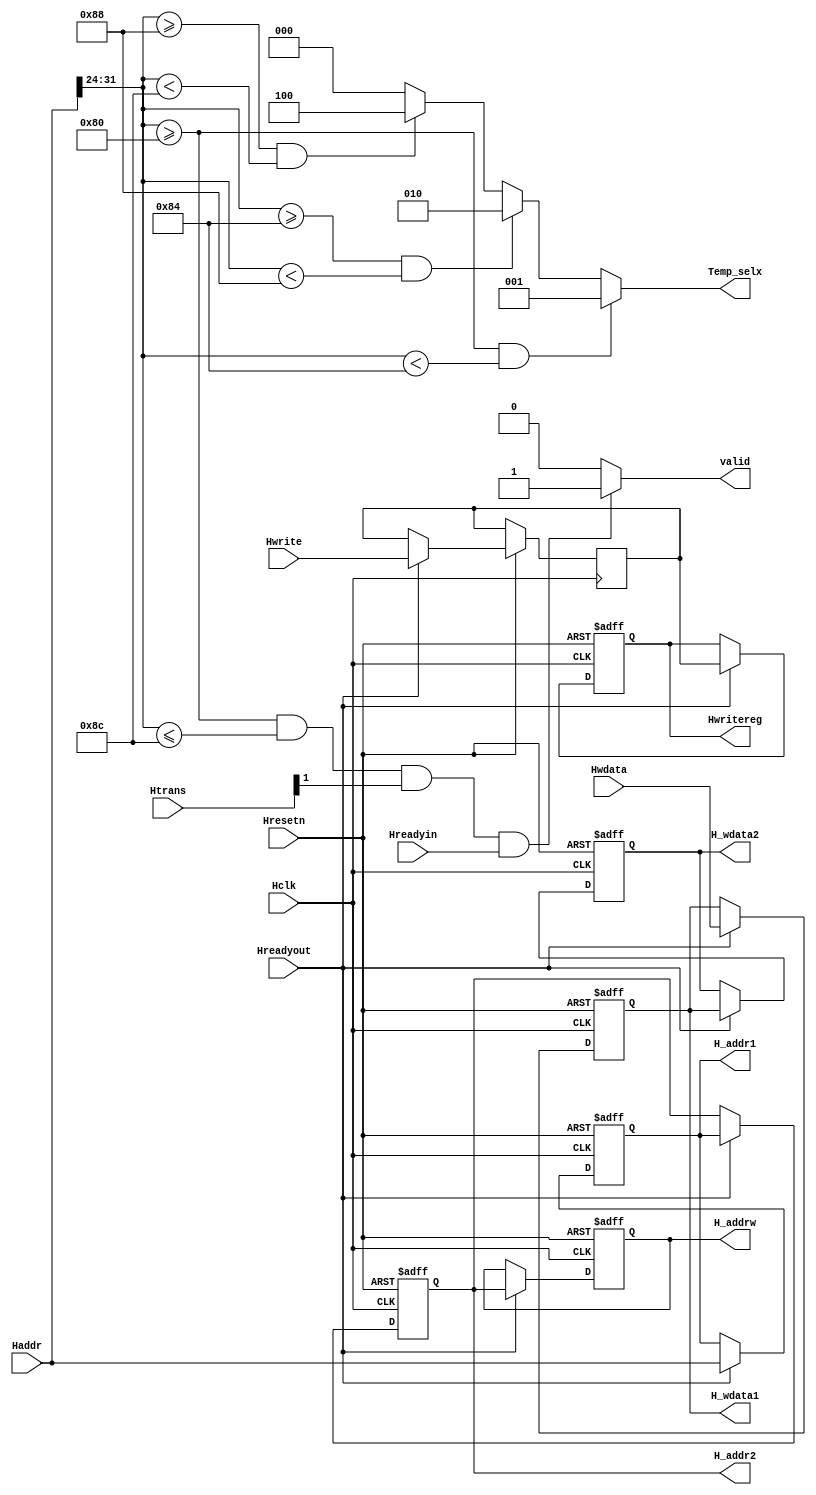
`timescale 1ns / 1ps

module ahb_slave(
        input Hclk,
        input Hresetn,
        input Hwrite,
        input Hreadyin,
        input [1:0] Htrans,
        input [31:0] Haddr,
        input [31:0] Hwdata,
        input Hreadyout,
        output valid,
        output reg [31:0] H_addr1,
        output reg [31:0] H_wdata1,
        output reg [31:0] H_addr2,
        output reg [31:0] H_wdata2,
        output reg [31:0] H_addrw,
        output reg Hwritereg,
        output reg [2:0] Temp_selx
        );
        reg Hwrite1;
        // SEQ BLOCK: This block implements the pipelinning stage of address and data phases.
        always@(posedge Hclk,negedge Hresetn)
            if(!Hresetn)
            begin
                H_addr1<=0;
                H_addr2<=0;
                H_wdata1<=0;
                H_wdata2<=0;
                Hwritereg<=0;
                H_addrw<=0;
            end
            else
            begin
                if(Hreadyout)
                begin
                    H_addr1<=Haddr;
                    H_addr2<=H_addr1;
                    H_wdata1<=Hwdata;
                    H_wdata2<=H_wdata1;
                    Hwrite1<=Hwrite;
                    Hwritereg<=Hwrite1;
                    H_addrw<=H_addr2;
                end
            end
        //Combo Block: Valid Logic    
        assign valid = ( (Haddr[31:24] >= 8'h80 && Haddr[31:24]<=8'h8C) && Htrans[1] == 1'b1 && Hreadyin )?1'b1:1'b0;

        //Combo Block: Temp_Sel Logic
        always@(Haddr)
            if(Haddr[31:24]>=8'h80 && Haddr[31:24]<8'h84)
                Temp_selx = 3'b001;
            else if(Haddr[31:24]>=8'h84 && Haddr[31:24]<8'h88)
                Temp_selx = 3'b010;
            else if(Haddr[31:24]>=8'h88 && Haddr[31:24]<8'h8C)
                Temp_selx = 3'b100; 
            else
                Temp_selx = 3'b000;
        
endmodule